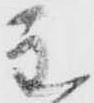
主